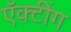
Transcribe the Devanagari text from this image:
ऍक्टींग